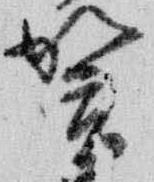
賀